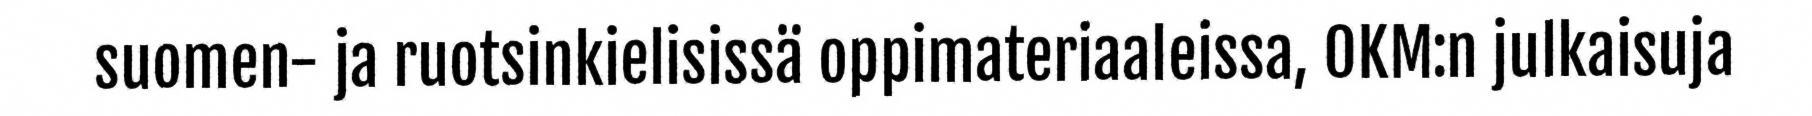
suomen- ja ruotsinkielisissä oppimateriaaleissa, OKM:n julkaisuja